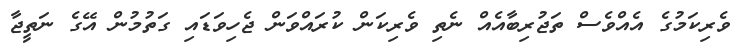
ވެރިކަމުގެ އެއްވެސް ތަޖުރިބާއެއް ނެތި ވެރިކަން ކުރައްވަން ޖެހިވަޑައި ގަތުމުން އޭގެ ނަތީޖާ